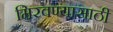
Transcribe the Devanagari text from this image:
मिरवण्यासाठी